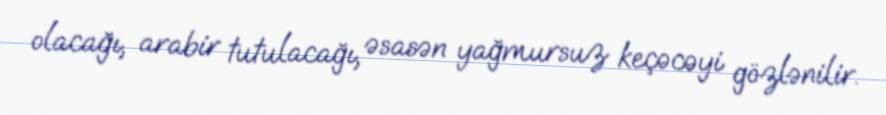
olacağı, arabir tutulacağı, əsasən yağmursuz keçəcəyi gözlənilir.